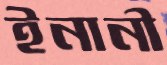
ইনানী